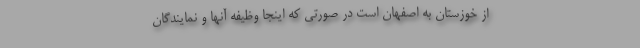
از خوزستان به اصفهان است در صورتی که اینجا وظیفه آنها و نمایندگان